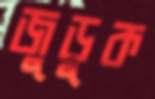
জুড়ুক